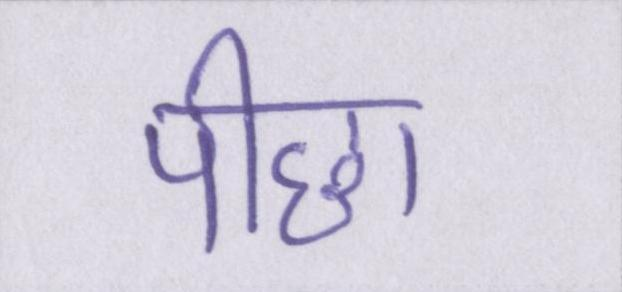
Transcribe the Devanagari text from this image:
पीछा